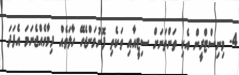
4- މިނިސްޓްރީން އެކި ތަންތަނަށް ސިޓީއާއި ތަކެތި ފޮނުވަންޖެހޭ ހާލަތެއް ދިމާވެއްޖެނަމަ އެފަދަ